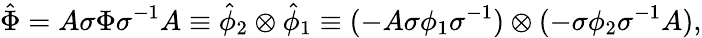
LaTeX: {\hat{\Phi}}=A\sigma{\Phi}{\sigma}^{-1}A\equiv{\hat{\phi}}_{2}\otimes{\hat{\phi}}_{1}\equiv(-A\sigma{\phi}_{1}{\sigma}^{-1})\otimes(-\sigma{\phi}_{2}{\sigma}^{-1}A),